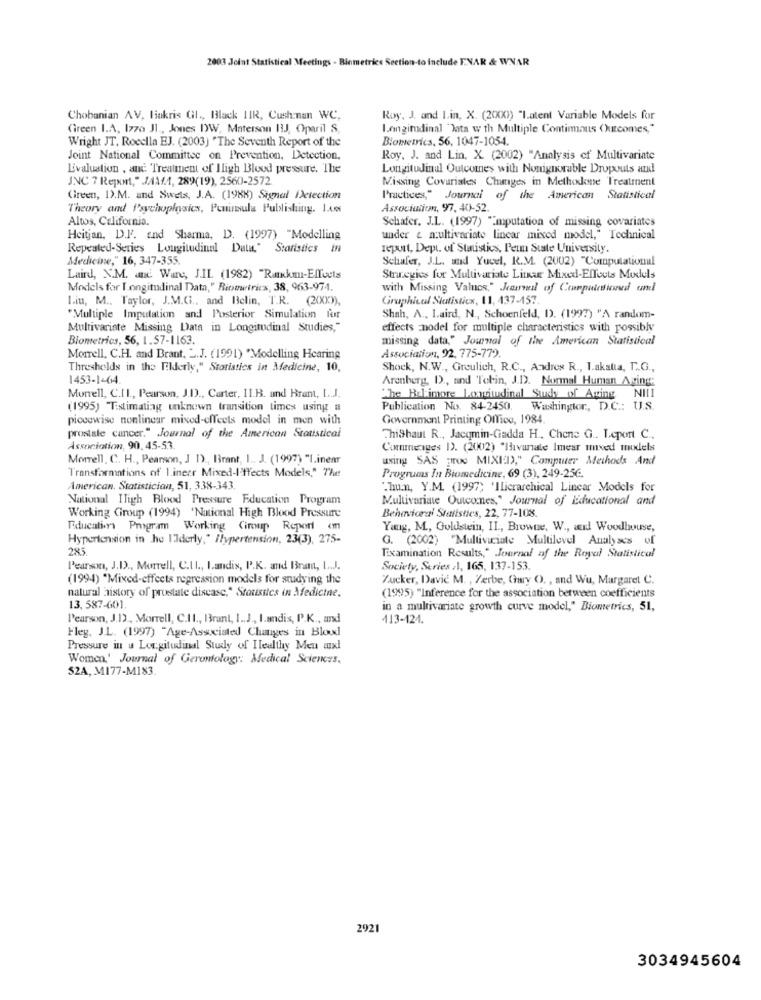
2003 Joint Statistical Meetings - Biometrics Section-to Include E.NAR & WNAR
Chobanian AV, lakris Gl ., Black HIR, Cushman WC,
Roy, J. and L.in, X. (2000) "Latent Variable Models for
Green I.A, 1770 Jl ., Jones DW, Materson HIJ, Oparil S,
Longitudinal "Jata w th Multiple Contimaus Outcomes,"
Wright JT. Rocella EJ. (2003) "The Seventh Report of the
Biometrics, 56, 1047-1054.
Joint National Committee on Prevention, Detection,
Roy. J. and Lin, X. (2002) "Analysis of Multivariate
Livaluation , and Treatment of Iligh Blood pressure. The
Longitudinal Outcomes with Nonignorable Dropouts and
JNC 7 Report," JAMA, 289(19), 2560-2572
Missing Covariates Changes in Methodene Treatment
Green, D.M. and Swets, J.A. (1988) Signal Detection
Practices," Journal of the American Statistical
Theory and Psychophysics, Peninsula Publishing. 1.40
Association, 97, 40-52.
Altos, California.
Schafer, J.L. (1997) "imputation of missing covariates
Heitjan, D.F. and Sharma, D. (1997) "Modelling
under & multivariate lincar mixed model," Technical
Repeated-Series Longitudinal Data," Statistics in
report, Dept. of Statistics, Penn State University.
Medicine," 16, 347-355.
Schafer, J.L. and Yucel, R.M. (2002) "Computational
Laird, N.M. and. Ware, J.IL (1982) "Ranchmi-Effects
Strategies for Multivariate Litkar Mixed-Effects Models
Models for longitudinal Data," Biometrica, 38, 963-974.
with Missing Values," Journal of Compulsioned un
I.iu, M .. Taylor, J.M.C ., and Belin, T.R. (2000),
Graphical Statistics, 11, 137-157.
"Multiple Imputation and Posterior Simulation for
Shah, A ., Laird, N ., Schoenfeld, D. (1997) "A random-
Multivariate Missing Data in Longitudinal Studies,"
effects Enodel for multiple characteristics with possibly
Biometrics, 56, 1.57-1163.
missing data," Journal of the American Statistical
Association, 92, 775-779.
Morrell. C.H. and Brant. ".J. (1991) "Modelling Hearing
Thresholds in the Elderly," Statistics in Medicine, 10,
Shock, N.W ., Greulich, R.C ., Andres R ., Lakatia, T.G .,
1453-1-64.
Arenberg, D ., and Tobin, J.D. Normal Human Aging:
Morrell, C.IL ., Pearson, J.D ., Carter, II.B. and Brant, L.J.
The Baltimore Longitudinal Study of Aging NILI
(1995) Tastimating unknown transition times using a
Publication No. 84-2450. Washington, D.C .: U.S.
piecewise nonlinear mixed-effects model in men with
Government Printing Office, 1984.
prostate cancer." Journal of the American Statistical
Thishaut R ., Jacqmin-Gadda H, Chene G .. Leport C .,
Association, 90, 45-53.
Commeages 1). (2002) "Havanate Imear used models
Morrell, C. H ., Pearson, J D) ., Brant, I .. J. (1997) "1.inemr
using SAS proc MIXId>," Computer Methods And
Transformations of 1.ineer Mixed-I-tects Models," The
Programs In Biomedicine, 69 (3), 249-256.
American. Statistician, 51, 338-343.
"hun, Y.M. (1997) 'Ilicrarchical Linear Models for
National High Blood Pressure Education Program
Multivariate Outcomes," Journal of Educational and
Working Group (1994) 'National High Blood Pressure
Behavioral Statistics, 22, 77-108.
Education Program Working Ciroup Report om
Yang, M ., Goldstein, IL ., Browne. W ., wil Woodhouse,
Hypertension in he Ilderly," Ilypertension, 23(3), 275-
G. (2002) "Multivariate Multilevel Analyses of
285
EExamination Results," Journal of the Royal Statistical
Pearson, J.D ., Morrell, C.II ., Landis, P.K. and Bram, L.J.
Society, Series :1, 165, 137-153.
(1994) "Mixed-effects regression models for studying the
Zucker, Davic M. , Zerbe, Gary O ., and Wu, Margaret C.
natural history of prostate disease," Stousites in Medicine.
(1995) "Inference for the association between coefficients
13, 587-601.
in a multivariate growth curve model," Biometrics, 51,
Pearson, J.1), Morrell, C.Il ., Brant, I .. J ., I.andis, P.K ., and
413-124.
Fleg, J.L. (1997) "Age-Associated Changes in Blood
Pressure in a Longitudinal Study of Healthy Men ax
Women' Journal of Gerontology: Medical Sciences,
S2A, M177-M183.
2921
3034945604